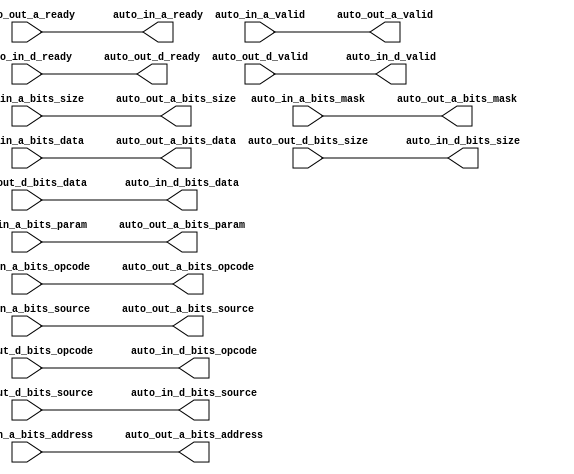
// This program was cloned from: https://github.com/NYU-MLDA/OpenABC
// License: BSD 3-Clause "New" or "Revised" License

module TLXbar_9( // @[:freechips.rocketchip.system.TinyConfig.fir@102674.2]
  output        auto_in_a_ready, // @[:freechips.rocketchip.system.TinyConfig.fir@102677.4]
  input         auto_in_a_valid, // @[:freechips.rocketchip.system.TinyConfig.fir@102677.4]
  input  [2:0]  auto_in_a_bits_opcode, // @[:freechips.rocketchip.system.TinyConfig.fir@102677.4]
  input  [2:0]  auto_in_a_bits_param, // @[:freechips.rocketchip.system.TinyConfig.fir@102677.4]
  input  [2:0]  auto_in_a_bits_size, // @[:freechips.rocketchip.system.TinyConfig.fir@102677.4]
  input  [4:0]  auto_in_a_bits_source, // @[:freechips.rocketchip.system.TinyConfig.fir@102677.4]
  input  [31:0] auto_in_a_bits_address, // @[:freechips.rocketchip.system.TinyConfig.fir@102677.4]
  input  [3:0]  auto_in_a_bits_mask, // @[:freechips.rocketchip.system.TinyConfig.fir@102677.4]
  input  [31:0] auto_in_a_bits_data, // @[:freechips.rocketchip.system.TinyConfig.fir@102677.4]
  input         auto_in_d_ready, // @[:freechips.rocketchip.system.TinyConfig.fir@102677.4]
  output        auto_in_d_valid, // @[:freechips.rocketchip.system.TinyConfig.fir@102677.4]
  output [2:0]  auto_in_d_bits_opcode, // @[:freechips.rocketchip.system.TinyConfig.fir@102677.4]
  output [2:0]  auto_in_d_bits_size, // @[:freechips.rocketchip.system.TinyConfig.fir@102677.4]
  output [4:0]  auto_in_d_bits_source, // @[:freechips.rocketchip.system.TinyConfig.fir@102677.4]
  output [31:0] auto_in_d_bits_data, // @[:freechips.rocketchip.system.TinyConfig.fir@102677.4]
  input         auto_out_a_ready, // @[:freechips.rocketchip.system.TinyConfig.fir@102677.4]
  output        auto_out_a_valid, // @[:freechips.rocketchip.system.TinyConfig.fir@102677.4]
  output [2:0]  auto_out_a_bits_opcode, // @[:freechips.rocketchip.system.TinyConfig.fir@102677.4]
  output [2:0]  auto_out_a_bits_param, // @[:freechips.rocketchip.system.TinyConfig.fir@102677.4]
  output [2:0]  auto_out_a_bits_size, // @[:freechips.rocketchip.system.TinyConfig.fir@102677.4]
  output [4:0]  auto_out_a_bits_source, // @[:freechips.rocketchip.system.TinyConfig.fir@102677.4]
  output [31:0] auto_out_a_bits_address, // @[:freechips.rocketchip.system.TinyConfig.fir@102677.4]
  output [3:0]  auto_out_a_bits_mask, // @[:freechips.rocketchip.system.TinyConfig.fir@102677.4]
  output [31:0] auto_out_a_bits_data, // @[:freechips.rocketchip.system.TinyConfig.fir@102677.4]
  output        auto_out_d_ready, // @[:freechips.rocketchip.system.TinyConfig.fir@102677.4]
  input         auto_out_d_valid, // @[:freechips.rocketchip.system.TinyConfig.fir@102677.4]
  input  [2:0]  auto_out_d_bits_opcode, // @[:freechips.rocketchip.system.TinyConfig.fir@102677.4]
  input  [2:0]  auto_out_d_bits_size, // @[:freechips.rocketchip.system.TinyConfig.fir@102677.4]
  input  [4:0]  auto_out_d_bits_source, // @[:freechips.rocketchip.system.TinyConfig.fir@102677.4]
  input  [31:0] auto_out_d_bits_data // @[:freechips.rocketchip.system.TinyConfig.fir@102677.4]
);
  assign auto_in_a_ready = auto_out_a_ready; // @[LazyModule.scala 173:31:freechips.rocketchip.system.TinyConfig.fir@102687.4]
  assign auto_in_d_valid = auto_out_d_valid; // @[LazyModule.scala 173:31:freechips.rocketchip.system.TinyConfig.fir@102687.4]
  assign auto_in_d_bits_opcode = auto_out_d_bits_opcode; // @[LazyModule.scala 173:31:freechips.rocketchip.system.TinyConfig.fir@102687.4]
  assign auto_in_d_bits_size = auto_out_d_bits_size; // @[LazyModule.scala 173:31:freechips.rocketchip.system.TinyConfig.fir@102687.4]
  assign auto_in_d_bits_source = auto_out_d_bits_source; // @[LazyModule.scala 173:31:freechips.rocketchip.system.TinyConfig.fir@102687.4]
  assign auto_in_d_bits_data = auto_out_d_bits_data; // @[LazyModule.scala 173:31:freechips.rocketchip.system.TinyConfig.fir@102687.4]
  assign auto_out_a_valid = auto_in_a_valid; // @[LazyModule.scala 173:49:freechips.rocketchip.system.TinyConfig.fir@102686.4]
  assign auto_out_a_bits_opcode = auto_in_a_bits_opcode; // @[LazyModule.scala 173:49:freechips.rocketchip.system.TinyConfig.fir@102686.4]
  assign auto_out_a_bits_param = auto_in_a_bits_param; // @[LazyModule.scala 173:49:freechips.rocketchip.system.TinyConfig.fir@102686.4]
  assign auto_out_a_bits_size = auto_in_a_bits_size; // @[LazyModule.scala 173:49:freechips.rocketchip.system.TinyConfig.fir@102686.4]
  assign auto_out_a_bits_source = auto_in_a_bits_source; // @[LazyModule.scala 173:49:freechips.rocketchip.system.TinyConfig.fir@102686.4]
  assign auto_out_a_bits_address = auto_in_a_bits_address; // @[LazyModule.scala 173:49:freechips.rocketchip.system.TinyConfig.fir@102686.4]
  assign auto_out_a_bits_mask = auto_in_a_bits_mask; // @[LazyModule.scala 173:49:freechips.rocketchip.system.TinyConfig.fir@102686.4]
  assign auto_out_a_bits_data = auto_in_a_bits_data; // @[LazyModule.scala 173:49:freechips.rocketchip.system.TinyConfig.fir@102686.4]
  assign auto_out_d_ready = auto_in_d_ready; // @[LazyModule.scala 173:49:freechips.rocketchip.system.TinyConfig.fir@102686.4]
endmodule